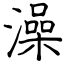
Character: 澡